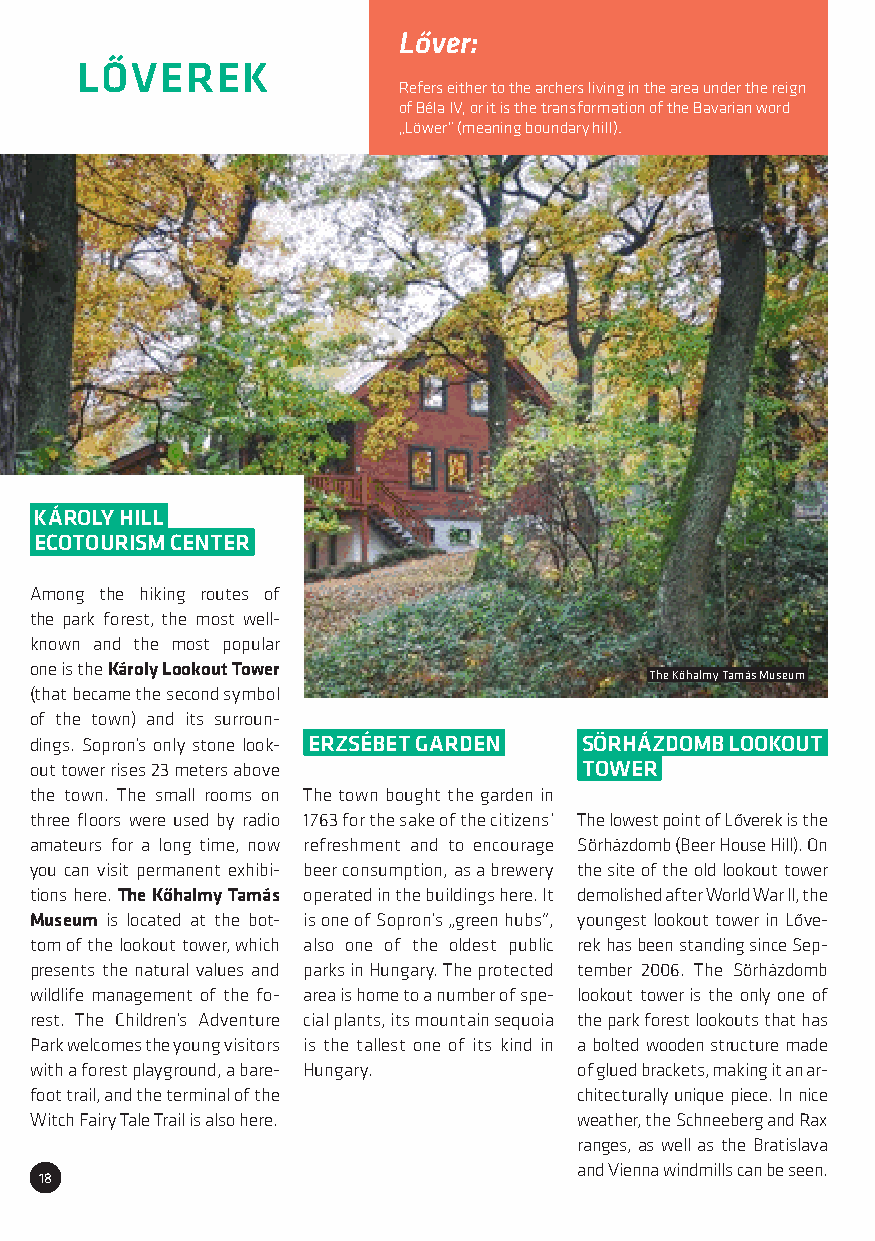
Lőver:
 LŐVEREK
 Refers either to the archers living in the area under the reign
 of Béla IV, or it is the transformation of the Bavarian word
 „Löwer” (meaning boundary hill).
 KÁROLY HILL
 ECOTOURISM CENTER
 Among the hiking routes of
 the park forest, the most well-
 known and the most popular
 one is the Károly Lookout Tower
 The Kőhalmy Tamás Museum
 (that became the second symbol
 of the town) and its surroun-
 dings. Sopron’s only stone look- ERZSÉBET GARDEN SÖRHÁZDOMB LOOKOUT
 out tower rises 23 meters above     TOWER
 the town. The small rooms on The town bought the garden in
 three floors were used by radio 1763 for the sake of the citizens’ The lowest point of Lőverek is the
 amateurs for a long time, now refreshment and to encourage Sörházdomb (Beer House Hill). On
 you can visit permanent exhibi- beer consumption, as a brewery the site of the old lookout tower
 tions here. The Kőhalmy Tamás operated in the buildings here. It demolished after World War II, the
 Museum is located at the bot- is one of Sopron’s „green hubs”, youngest lookout tower in Lőve-
 tom of the lookout tower, which also one of the oldest public rek has been standing since Sep-
 presents the natural values and parks in Hungary. The protected tember 2006. The Sörházdomb
 wildlife management of the fo- area is home to a number of spe- lookout tower is the only one of
 rest. The Children’s Adventure cial plants, its mountain sequoia the park forest lookouts that has
 Park welcomes the young visitors is the tallest one of its kind in a bolted wooden structure made
 with a forest playground, a bare- Hungary. of glued brackets, making it an ar-
 foot trail, and the terminal of the chitecturally unique piece. In nice
 Witch Fairy Tale Trail is also here. weather, the Schneeberg and Rax
 ranges, as well as the Bratislava
 and Vienna windmills can be seen.
 18